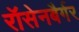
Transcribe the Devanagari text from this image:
रॉसेनबैर्गर